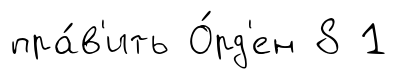
пра́в'ить О́рд'ен 8 1